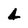
Character: 4